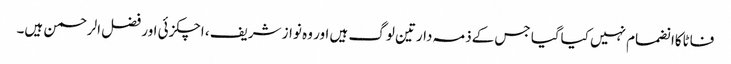
فاٹاکاانضمام نہیں کیاگیا جس کےذمہ دارتین لوگ ہیں اور وہ نواز شریف ، اچکزئی اور فضل الرحمن ہیں۔